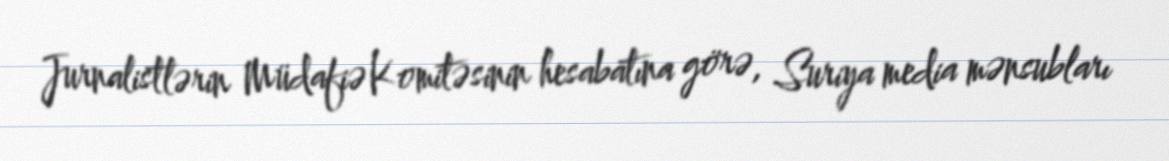
Jurnalistlərin Müdafiə Komitəsinin hesabatına görə, Suriya media mənsubları